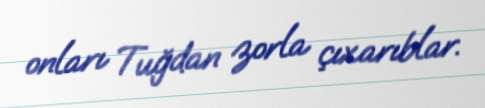
onları Tuğdan zorla çıxarıblar.